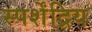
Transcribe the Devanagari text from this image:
स्पर्शेंद्रिय